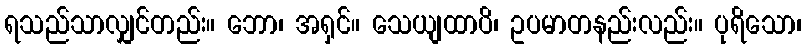
ရသည်သာလျှင်တည်း။ ဘော၊ အရှင်။ သေယျထာပိ၊ ဥပမာတနည်းလည်း။ ပုရိသော၊